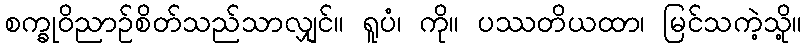
စက္ခုဝိညာဉ်စိတ်သည်သာလျှင်။ ရူပံ၊ ကို။ ပဿတိယထာ၊ မြင်သကဲ့သို့။